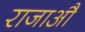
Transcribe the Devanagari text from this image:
राजाऔ